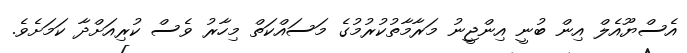
އެސްޔޫއެލް އިން ބުނީ އިންޖީނު މަރާމާތުކުރުމުގެ މަސައްކަތް މިހާރު ވެސް ކުރިއަށްދާ ކަމަށެވެ.